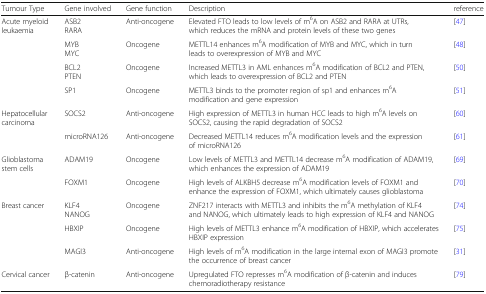
| Tumour Type | Gene involved | Gene function | Description | reference |
 | --- | --- | --- | --- | --- |
 | <ROWSPAN=4> Acute myeloid leukaemia | ASB2RARA | Anti-oncogene | Elevated FTO leads to low levels of m6A on ASB2 and RARA at UTRs, which reduces the mRNA and protein levels of these two genes | [47] |
 | MYBMYC | Oncogene | METTL14 enhances m6A modification of MYB and MYC, which in turn leads to overexpression of MYB and MYC | [48] |
 | BCL2PTEN | Oncogene | Increased METTL3 in AML enhances m6A modification of BCL2 and PTEN, which leads to overexpression of BCL2 and PTEN | [50] |
 | SP1 | Oncogene | METTL3 binds to the promoter region of sp1 and enhances m6A modification and gene expression | [51] |
 | <ROWSPAN=2> Hepatocellular carcinoma | SOCS2 | Anti-oncogene | High expression of METTL3 in human HCC leads to high m6A levels on SOCS2, causing the rapid degradation of SOCS2 | [60] |
 | microRNA126 | Anti-oncogene | Decreased METTL14 reduces m6A modification levels and the expression of microRNA126 | [61] |
 | <ROWSPAN=2> Glioblastoma stem cells | ADAM19 | Oncogene | Low levels of METTL3 and METTL14 decrease m6A modification of ADAM19, which enhances the expression of ADAM19 | [69] |
 | FOXM1 | Oncogene | High levels of ALKBH5 decrease m6A modification levels of FOXM1 and enhance the expression of FOXM1, which ultimately causes glioblastoma | [70] |
 | <ROWSPAN=3> Breast cancer | KLF4NANOG | Oncogene | ZNF217 interacts with METTL3 and inhibits the m6A methylation of KLF4 and NANOG, which ultimately leads to high expression of KLF4 and NANOG | [74] |
 | HBXIP | Oncogene | High levels of METTL3 enhance m6A modification of HBXIP, which accelerates HBXIP expression | [75] |
 | MAGI3 | Anti-oncogene | High levels of m6A modification in the large internal exon of MAGI3 promote the occurrence of breast cancer | [31] |
 | Cervical cancer | β-catenin | Anti-oncogene | Upregulated FTO represses m6A modification of β-catenin and induces chemoradiotherapy resistance | [79] |